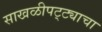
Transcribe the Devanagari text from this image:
साखळीपट्ट्याचा